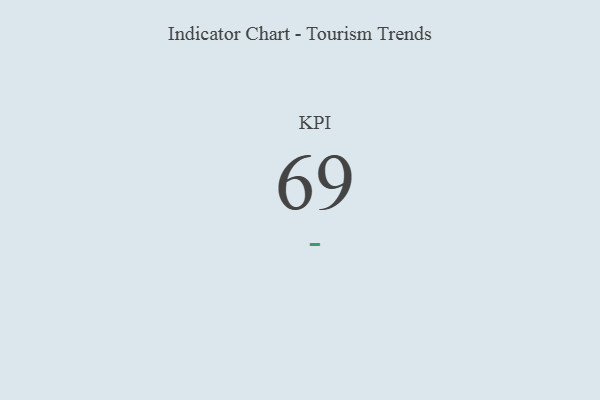
{"axis": {"x": "KPI", "y": "Value"}, "legend": [""], "data": [{"x": "KPI", "y": 69, "type": ""}]}